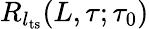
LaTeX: R_{l_{\mathrm{ts}}}(L,\tau;\tau_{0})